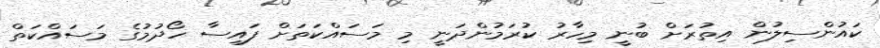
ކައުންސިލުން އިތުރަށް ބުނީ މިހާރު ކުރަމުންދަނީ މި މަސައްކަތަށް ފައިސާ ހޯދުމުގެ މަސައްކަތް